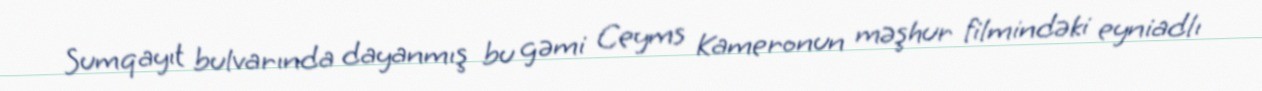
Sumqayıt bulvarında dayanmış bu gəmi Ceyms Kameronun məşhur filmindəki eyniadlı